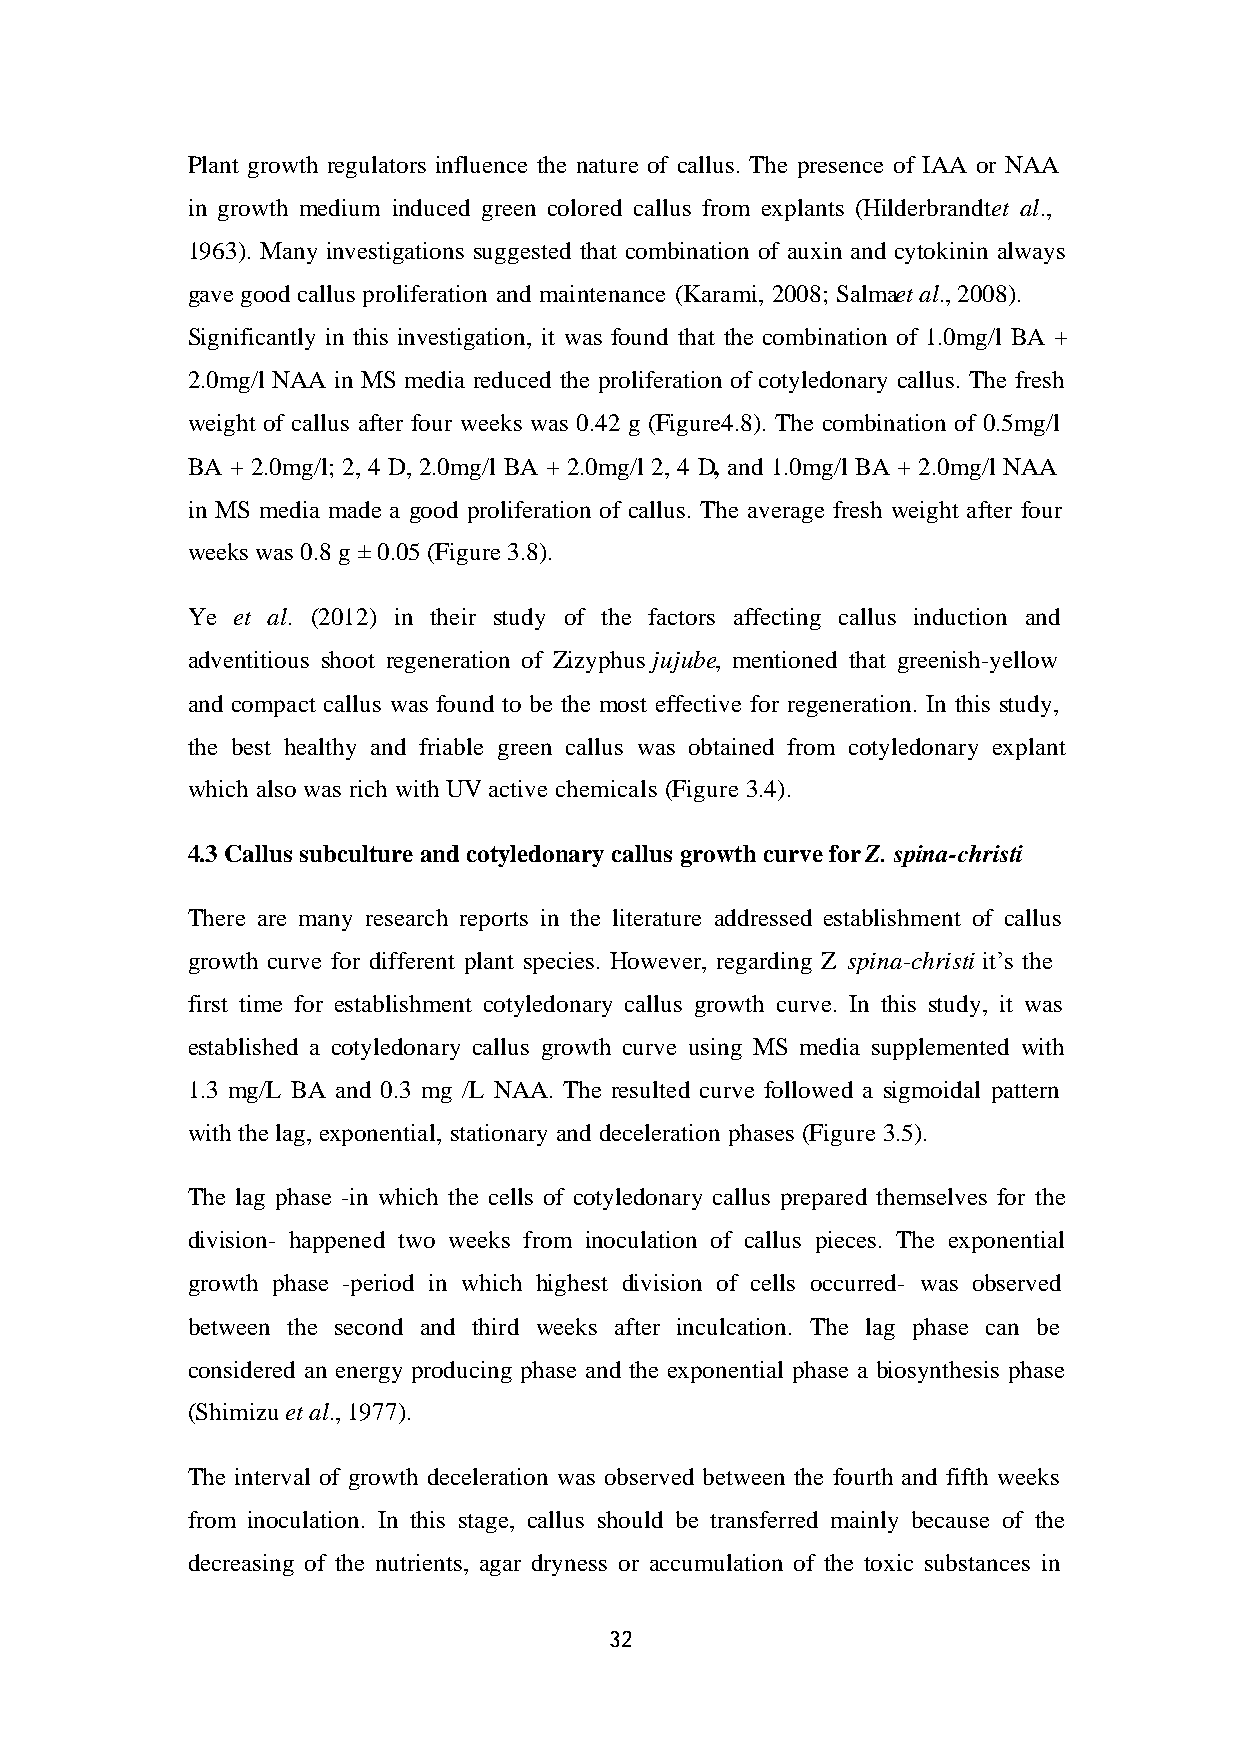
Plant growth regulators influence the nature of callus. The presence of IAA or NAA
 in growth medium induced green colored callus from explants (Hilderbrandt et al.,
 1963). Many investigations suggested that combination of auxin and cytokinin always
 gave good callus proliferation and maintenance (Karami, 2008; Salma et al., 2008).
 Significantly in this investigation, it was found that the combination of 1.0mg/l BA +
 2.0mg/l NAA in MS media reduced the proliferation of cotyledonary callus. The fresh
 weight of callus after four weeks was 0.42 g (Figure4.8). The combination of 0.5mg/l
 BA + 2.0mg/l; 2, 4 D, 2.0mg/l BA + 2.0mg/l 2, 4 D, and 1.0mg/l BA + 2.0mg/l NAA
 in MS media made a good proliferation of callus. The average fresh weight after four
 weeks was 0.8 g ± 0.05 (Figure 3.8).
 Ye et al. (2012) in their study of the factors affecting callus induction and
 adventitious shoot regeneration of Zizyphus jujube, mentioned that greenish-yellow
 and compact callus was found to be the most effective for regeneration. In this study,
 the best healthy and friable green callus was obtained from cotyledonary explant
 which also was rich with UV active chemicals (Figure 3.4).
 4.3 Callus subculture and cotyledonary callus growth curve for Z. spina-christi
 There are many research reports in the literature addressed establishment of callus
 growth curve for different plant species. However, regarding Z . spina-christi it’s the
 first time for establishment cotyledonary callus growth curve. In this study, it was
 established a cotyledonary callus growth curve using MS media supplemented with
 1.3 mg/L BA and 0.3 mg /L NAA. The resulted curve followed a sigmoidal pattern
 with the lag, exponential, stationary and deceleration phases (Figure 3.5).
 The lag phase -in which the cells of cotyledonary callus prepared themselves for the
 division- happened two weeks from inoculation of callus pieces. The exponential
 growth phase -period in which highest division of cells occurred- was observed
 between the second and third weeks after inculcation. The lag phase can be
 considered an energy producing phase and the exponential phase a biosynthesis phase
 (Shimizu et al., 1977).
 The interval of growth deceleration was observed between the fourth and fifth weeks
 from inoculation. In this stage, callus should be transferred mainly because of the
 decreasing of the nutrients, agar dryness or accumulation of the toxic substances in
 32